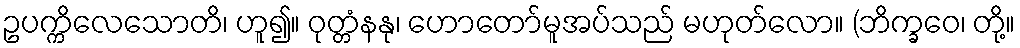
ဥပက္ကိလေသောတိ၊ ဟူ၍။ ဝုတ္တံနနု၊ ဟောတော်မူအပ်သည် မဟုတ်လော။ (ဘိက္ခဝေ၊ တို့။